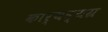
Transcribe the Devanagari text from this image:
कार्यव्यग्र